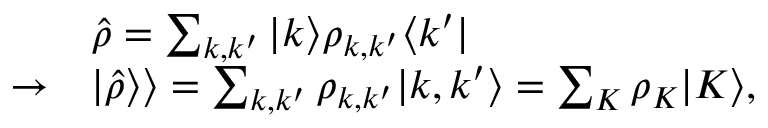
\begin{array} { r l } & { \hat { \rho } = \sum _ { k , k ^ { \prime } } \vert k \rangle \rho _ { k , k ^ { \prime } } \langle k ^ { \prime } \vert } \\ { \rightarrow } & { \vert \hat { \rho } \rangle \rangle = \sum _ { k , k ^ { \prime } } \rho _ { k , k ^ { \prime } } \vert k , k ^ { \prime } \rangle = \sum _ { K } \rho _ { K } \vert K \rangle , } \end{array}